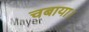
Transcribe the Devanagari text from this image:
चबाया।